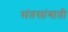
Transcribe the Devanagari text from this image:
संतसांगाती